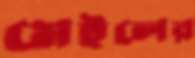
মেইলের